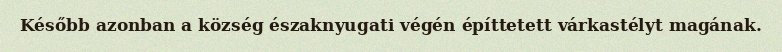
Később azonban a község északnyugati végén építtetett várkastélyt magának.